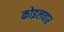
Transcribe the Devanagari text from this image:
कोइलवार